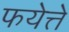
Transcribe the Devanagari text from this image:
फयेत्ते